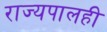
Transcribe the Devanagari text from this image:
राज्यपालही